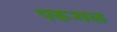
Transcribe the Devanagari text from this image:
परूमल